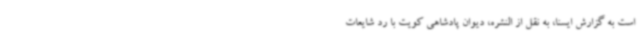
است به گزارش ایسنا، به نقل از النشره، دیوان پادشاهی کویت با رد شایعات